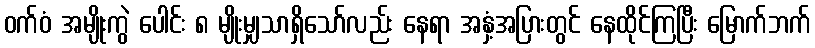
ဝက်ဝံ အမျိုးကွဲ ပေါင်း ၈ မျိုးမျှသာရှိသော်လည်း နေရာ အနှံ့အပြားတွင် နေထိုင်ကြပြီး မြောက်ဘက်